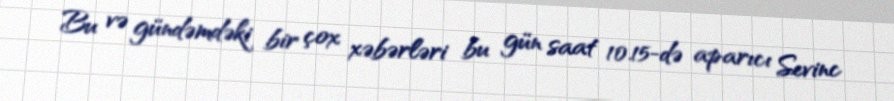
Bu və gündəmdəki bir çox xəbərləri bu gün saat 10.15-də aparıcı Sevinc